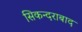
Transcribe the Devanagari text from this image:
सिकन्‍दराबाद